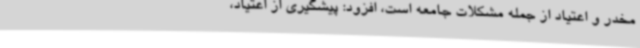
مخدر و اعتیاد از جمله مشکلات جامعه است، افزود: پیشگیری از اعتیاد،